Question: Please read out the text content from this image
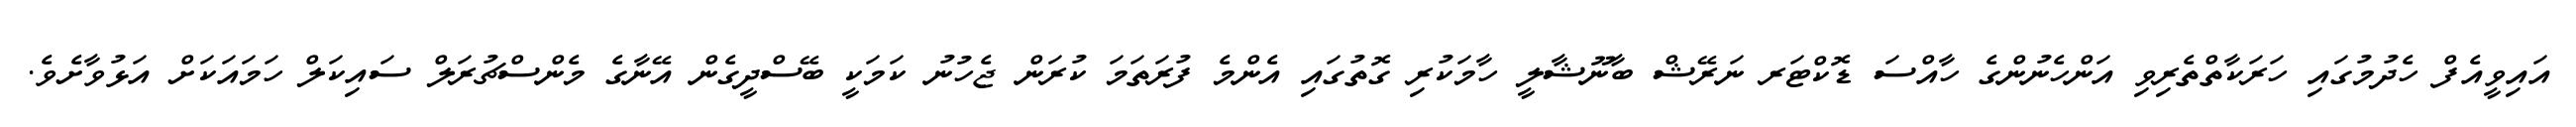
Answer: އައިވީއެފް ހެދުމުގައި ހަރަކާތްތެރިވި އަންހެނުންގެ ހާއްސަ ޑޮކްޓަރ ނަރޭޝް ބާނޫޝާލީ ހާމަކުރި ގޮތުގައި އެންމެ ފުރަތަމަ ކުރަން ޖެހުނު ކަމަކީ ބޭސްދީގެން އޭނާގެ މެންސްޗުރަލް ސައިކަލް ހަމައަކަށް އަޅުވާށެވެ.